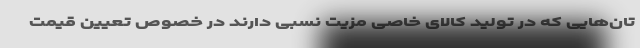
تان‌هایی که در تولید کالای خاصی مزیت نسبی دارند در خصوص تعیین قیمت